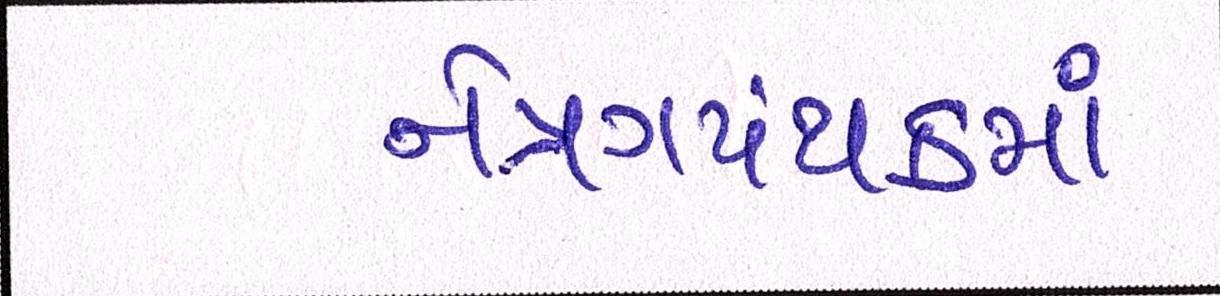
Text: નેત્રંગપંથકમાં